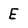
Character: E